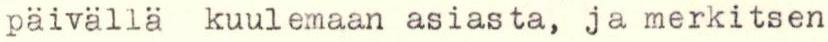
päivällä kuulemaan asiasta, ja merkitsen